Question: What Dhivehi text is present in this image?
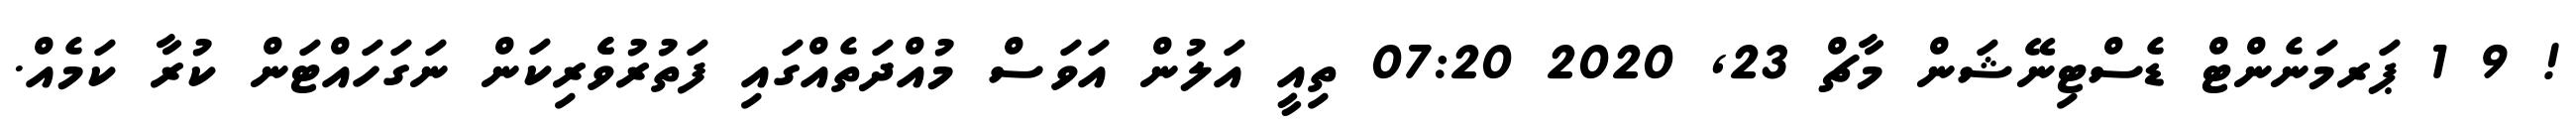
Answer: ! 9 1 ޕަރމަނެންޓް ޑެސްޓިނޭޝަން މާޗް 23, 2020 07:20 ތިއީ އަލުން އަވަސް މުއްދަތެއްގައި ފަތުރުވެެރިކަން ނަގަހައްޓަން ކުރާ ކަމެއް.